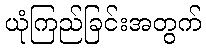
ယုံကြည်ခြင်းအတွက်